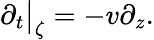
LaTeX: \partial_{t}\big|_{\zeta}=-v\partial_{z}.